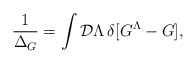
\begin{align*}{1\over\Delta_G}=\int{\cal D}\Lambda\,\delta[G^{\Lambda}-G],\end{align*}